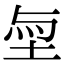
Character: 𡋬